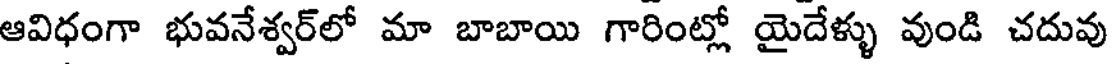
ఆవిధంగా భువనేశ్వర్లో మా బాబాయి గారింట్లో యైదేళ్ళు వుండి చదువు